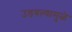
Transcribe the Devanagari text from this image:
उडवल्यामुळे